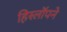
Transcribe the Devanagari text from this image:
हिस्लॉपने